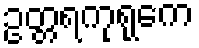
ဥတ္တရကုရုကေ